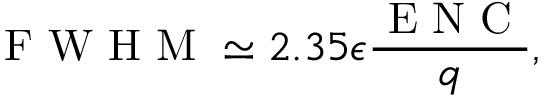
\mathrm { ~ F ~ W ~ H ~ M ~ } \simeq 2 . 3 5 \epsilon \frac { \mathrm { ~ E ~ N ~ C ~ } } { q } ,